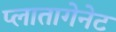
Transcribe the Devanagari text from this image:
प्लातागेनेट